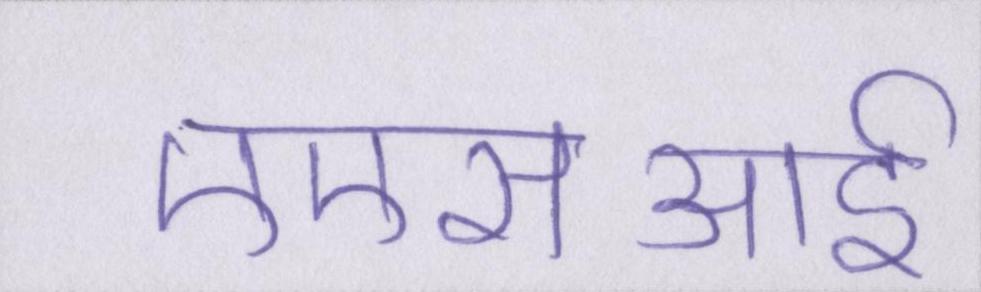
एएसआई